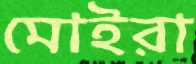
মোইরা